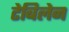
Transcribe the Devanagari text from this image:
टेबिलेन